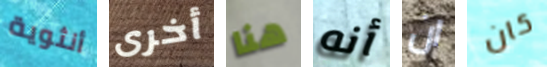
أنثوية أخرى هنا أنه ان كان